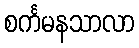
စင်္ကမနသာလာ